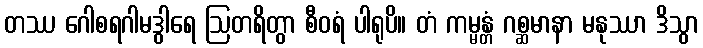
တဿ ဂေါစရဂါမဒွါရေ ဩတရိတွာ စီဝရံ ပါရုပိ။ တံ ကမ္မန္တံ ဂစ္ဆမာနာ မနုဿာ ဒိသွာ